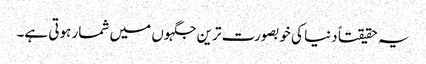
یہ حقیقتاً دنیا کی خوبصورت ترین جگہوں میں شمار ہوتی ہے۔